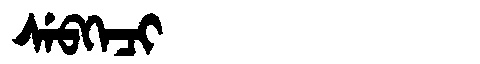
Manchu: ᠰᡝᠪᡴᡝᠴᡳ
Romanization: SEBKECI